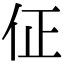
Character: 佂